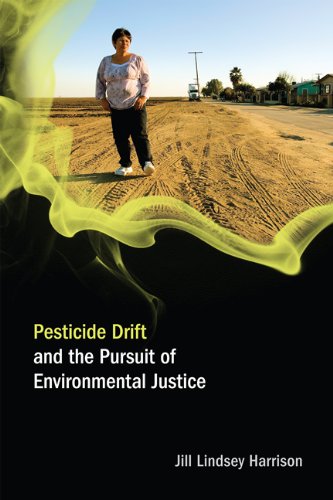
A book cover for Pesticide Drift and the Pursuit of Environmental Justice (Food, Health, and the Environment); Jill Lindsey Harrison; Science & Math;